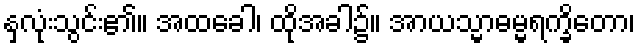
နှလုံးသွင်း၏။ အထခေါ၊ ထိုအခါ၌။ အာယသ္မာဓမ္မရက္ခိတော၊